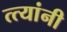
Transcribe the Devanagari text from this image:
त्त्यांनी